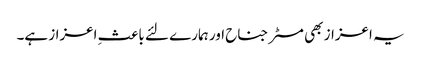
یہ اعزاز بھی مسٹر جناح اور ہمارے لئے باعثِ اعزاز ہے۔